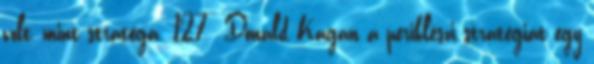
volt, mint stratéga. 127 Donald Kagan a periklészi stratégiát egy